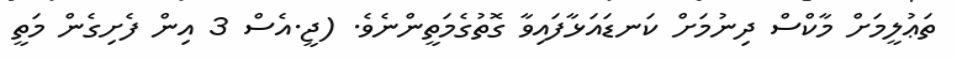
ތަޢުލީމަށް މާކްސް ދިނުމަށް ކަނޑައަޅާފައިވާ ގޮތުގެމަތީންނެވެ. (ޖީ.އެސް 3 އިން ފެށިގެން މަތީ